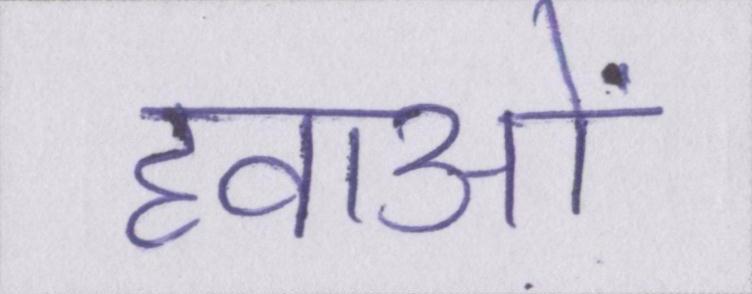
हवाओं